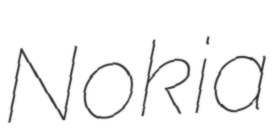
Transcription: Nokia